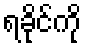
ရခိုင်ကို